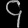
Digit: ၄